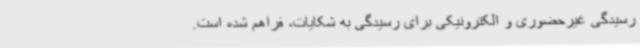
رسیدگی غیرحضوری و الکترونیکی برای رسیدگی به شکایات، فراهم شده است.